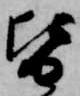
皆